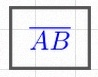
\overline{AB}